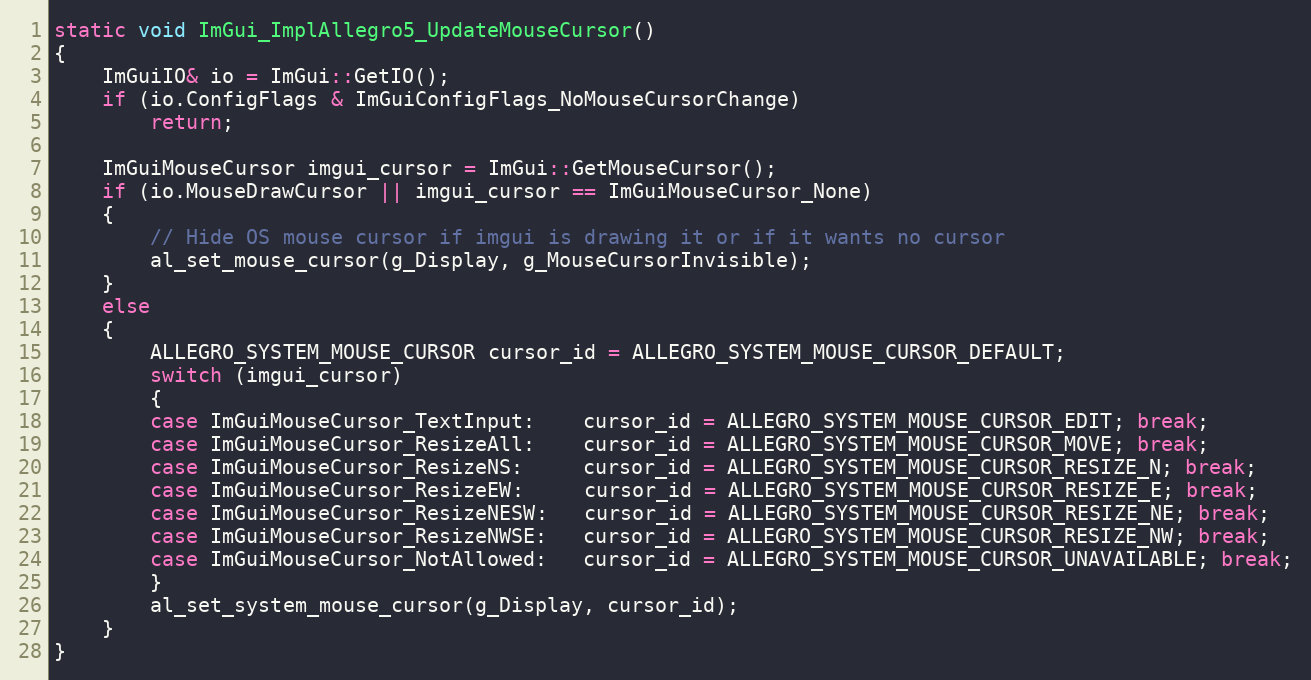
Language: C++
static void ImGui_ImplAllegro5_UpdateMouseCursor()
{
    ImGuiIO& io = ImGui::GetIO();
    if (io.ConfigFlags & ImGuiConfigFlags_NoMouseCursorChange)
        return;

    ImGuiMouseCursor imgui_cursor = ImGui::GetMouseCursor();
    if (io.MouseDrawCursor || imgui_cursor == ImGuiMouseCursor_None)
    {
        // Hide OS mouse cursor if imgui is drawing it or if it wants no cursor
        al_set_mouse_cursor(g_Display, g_MouseCursorInvisible);
    }
    else
    {
        ALLEGRO_SYSTEM_MOUSE_CURSOR cursor_id = ALLEGRO_SYSTEM_MOUSE_CURSOR_DEFAULT;
        switch (imgui_cursor)
        {
        case ImGuiMouseCursor_TextInput:    cursor_id = ALLEGRO_SYSTEM_MOUSE_CURSOR_EDIT; break;
        case ImGuiMouseCursor_ResizeAll:    cursor_id = ALLEGRO_SYSTEM_MOUSE_CURSOR_MOVE; break;
        case ImGuiMouseCursor_ResizeNS:     cursor_id = ALLEGRO_SYSTEM_MOUSE_CURSOR_RESIZE_N; break;
        case ImGuiMouseCursor_ResizeEW:     cursor_id = ALLEGRO_SYSTEM_MOUSE_CURSOR_RESIZE_E; break;
        case ImGuiMouseCursor_ResizeNESW:   cursor_id = ALLEGRO_SYSTEM_MOUSE_CURSOR_RESIZE_NE; break;
        case ImGuiMouseCursor_ResizeNWSE:   cursor_id = ALLEGRO_SYSTEM_MOUSE_CURSOR_RESIZE_NW; break;
        case ImGuiMouseCursor_NotAllowed:   cursor_id = ALLEGRO_SYSTEM_MOUSE_CURSOR_UNAVAILABLE; break;
        }
        al_set_system_mouse_cursor(g_Display, cursor_id);
    }
}